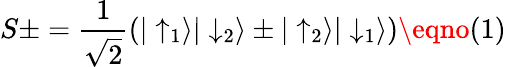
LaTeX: S\pm=\frac{1}{\sqrt 2}(|\uparrow_{1}\rangle|\downarrow_{2}\rangle\pm|\uparrow_{2}\rangle|\downarrow_{1}\rangle)\eqno(1)